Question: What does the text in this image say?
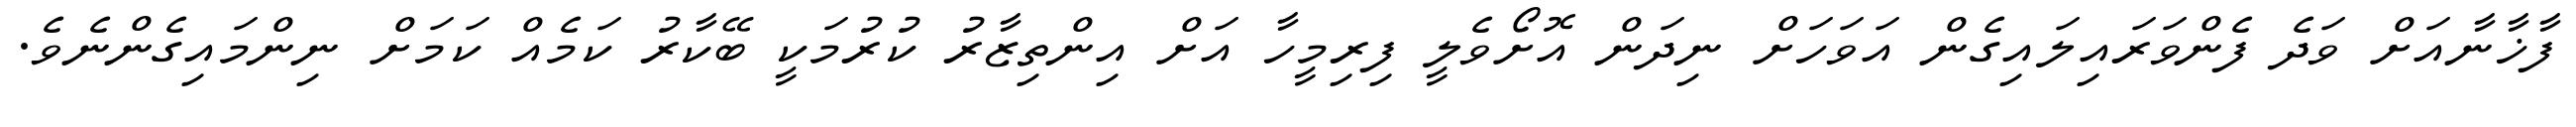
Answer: ފާޚާނާއަށް ވަދެ ފެންވަރައިލައިގެން އަވަހަށް ނިދަން އޮށޯވެލީ ފިރިމީހާ އަށް އިންތިޒާރު ކުރުމަކީ ބޭކާރު ކަމެއް ކަމަށް ނިންމައިގެންނެވެ.